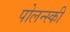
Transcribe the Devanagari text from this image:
पोलन्स्की